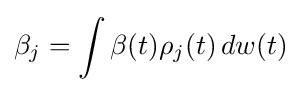
\beta _{j}=\int \beta (t)\rho _{j}(t)\,dw(t)